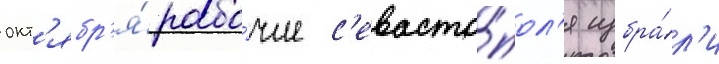
окт'ябр'я́ рабо́чие с'евасто́пол'я избра́л'и